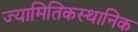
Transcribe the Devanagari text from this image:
ज्यामितिकस्थानिक